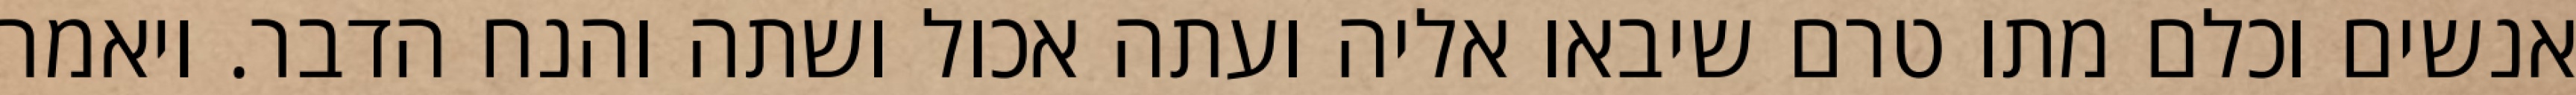
אנשים וכלם מתו טרם שיבאו אליה ועתה אכול ושתה והנח הדבר. ויאמר